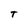
Character: T